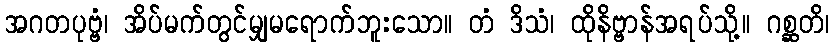
အဂတပုဗ္ဗံ၊ အိပ်မက်တွင်မျှမရောက်ဘူးသော။ တံ ဒိသံ၊ ထိုနိဗ္ဗာန်အရပ်သို့။ ဂစ္ဆတိ၊